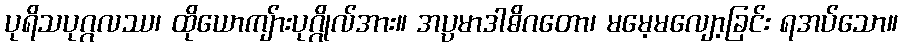
ပုရိသပုဂ္ဂလဿ၊ ထိုယောကျ်ားပုဂ္ဂိုလ်အား။ အပ္ပမာဒါဓိဂတော၊ မမေ့မလျော့ခြင်း ရအပ်သော။